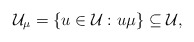
\begin{align*} \mathcal{U}_\mu=\{u\in\mathcal{U}:u\mu\}\subseteq\mathcal{U},\end{align*}